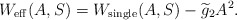
\begin{align*}W_{\rm eff}(A,S) ={{W}}_{\rm single}(A,S)-\widetilde{g}_2 A^2.\end{align*}